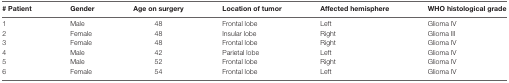
<table><thead><tr><td><b># Patient</b></td><td><b>Gender</b></td><td><b>Age on surgery</b></td><td><b>Location of tumor</b></td><td><b>Affected hemisphere</b></td><td><b>WHO histological grade</b></td></tr></thead><tbody><tr><td>1</td><td>Male</td><td>48</td><td>Frontal lobe</td><td>Left</td><td>Glioma IV</td></tr><tr><td>2</td><td>Female</td><td>48</td><td>Insular lobe</td><td>Right</td><td>Glioma III</td></tr><tr><td>3</td><td>Female</td><td>48</td><td>Frontal lobe</td><td>Right</td><td>Glioma IV</td></tr><tr><td>4</td><td>Male</td><td>42</td><td>Parietal lobe</td><td>Left</td><td>Glioma IV</td></tr><tr><td>5</td><td>Male</td><td>52</td><td>Frontal lobe</td><td>Right</td><td>Glioma IV</td></tr><tr><td>6</td><td>Female</td><td>54</td><td>Frontal lobe</td><td>Left</td><td>Glioma IV</td></tr></tbody></table>